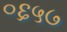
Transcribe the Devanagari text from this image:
०६५७